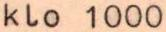
klo 1000